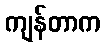
ကျန်တာက